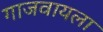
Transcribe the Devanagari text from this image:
गाजवायला